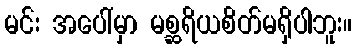
မင်း အပေါ်မှာ မစ္ဆရိယစိတ်မရှိပါဘူး။